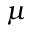
\mu